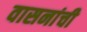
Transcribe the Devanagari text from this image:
वासनांची